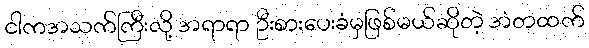
ငါကအသက်ကြီးလို့ အရာရာ ဦးစားပေးခံမှဖြစ်မယ်ဆိုတဲ့ အံတထက်